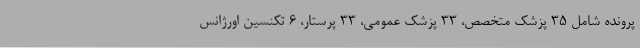
پرونده شامل 35 پزشک متخصص، 33 پزشک عمومی، 33 پرستار، 6 تکنسین اورژانس